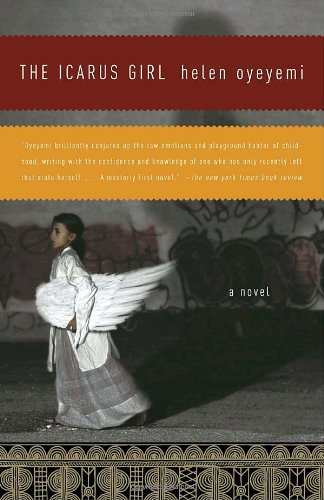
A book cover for The Icarus Girl; Helen Oyeyemi; Literature & Fiction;